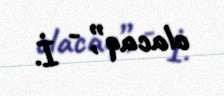
olacaq”, - İ.